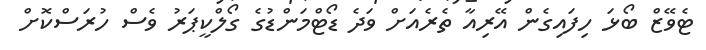
ޓެވޭޒް ބޯޅަ ހިފައިގެން އޭރިއާ ތެރެއަށް ވަދެ ޑޯޓްމަންޑުގެ ގޯލްކީޕަރު ވެސް ހުރަސްކޮށް